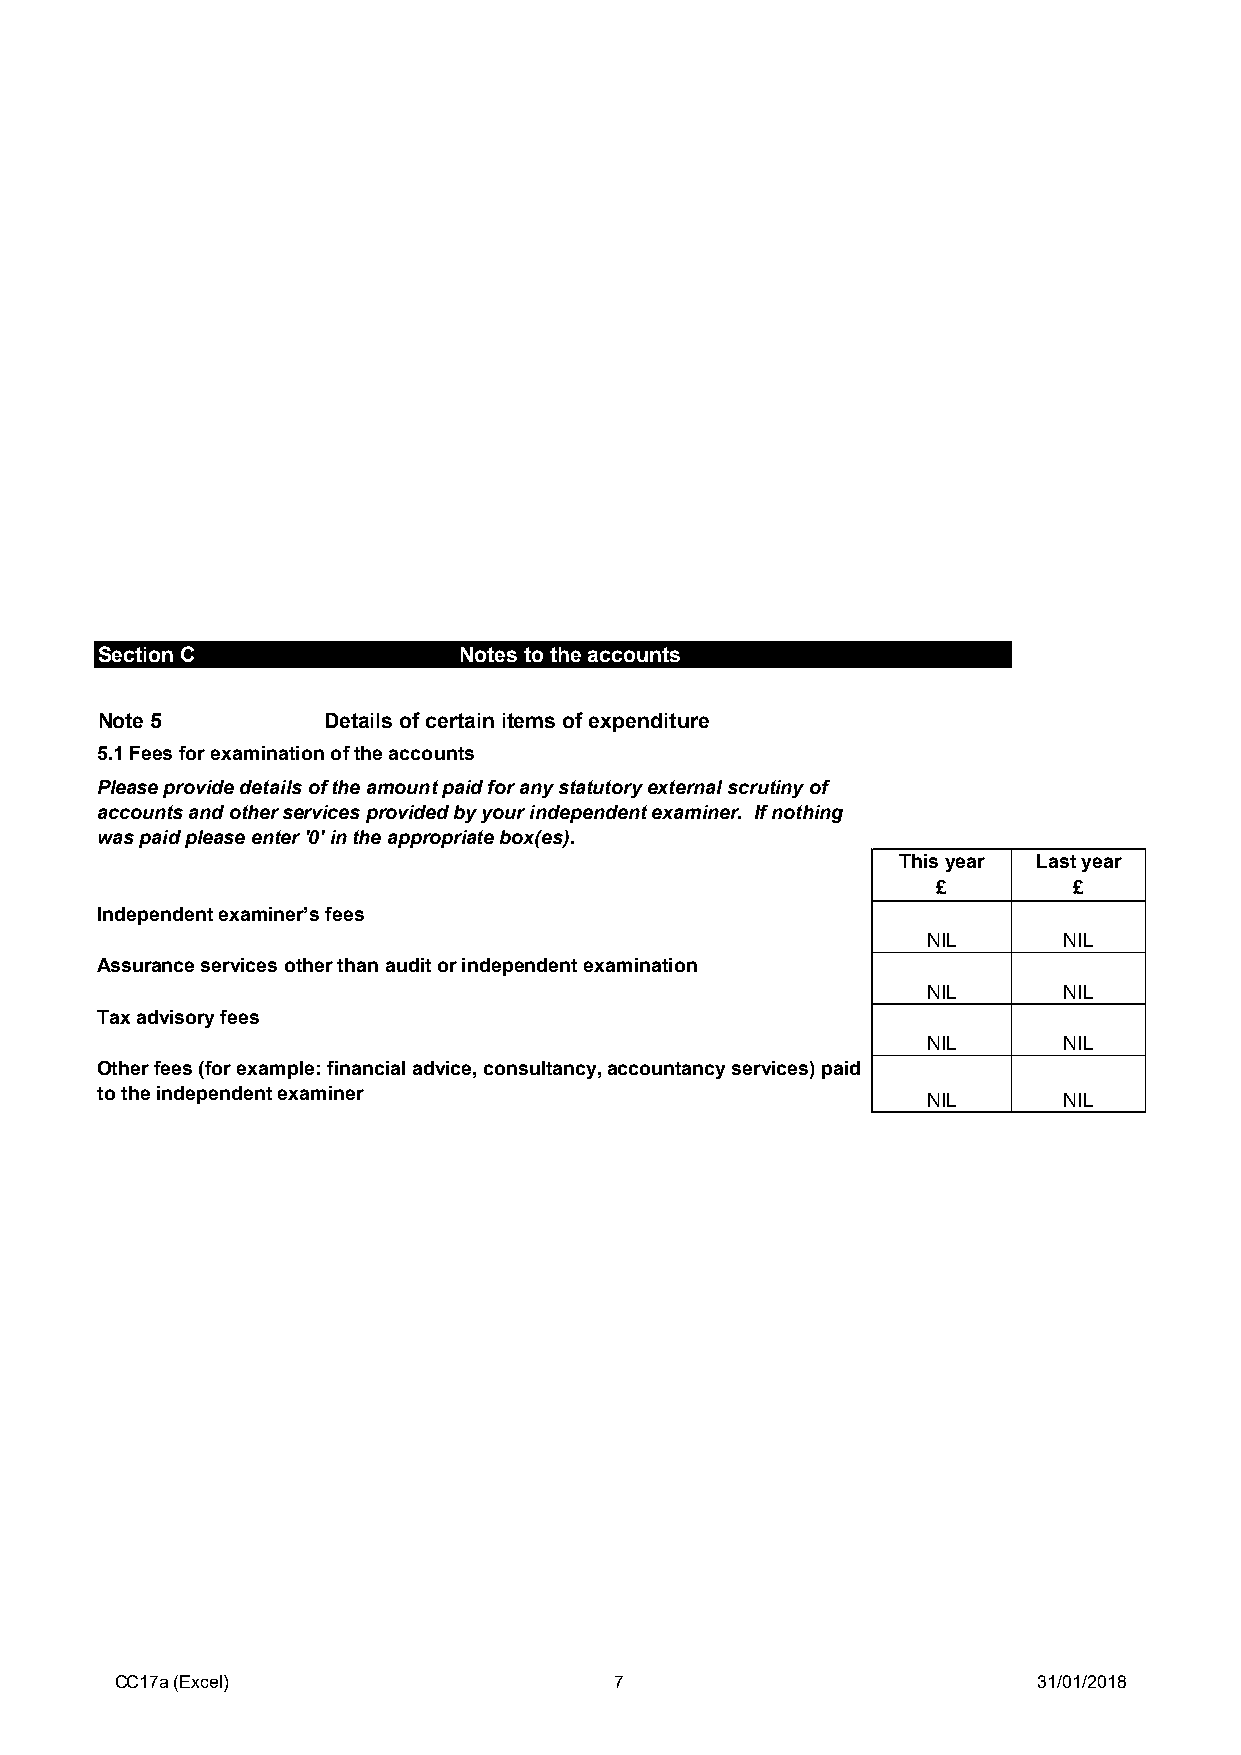
Section C               Notes to the accounts                (cont)
 Note 5         Details of certain items of expenditure
 5.1 Fees for examination of the accounts
 Please provide details of the amount paid for any statutory external scrutiny of
 accounts and other services provided by your independent examiner. If nothing
 was paid please enter '0' in the appropriate box(es).
 This year Last year
 £        £
 Independent examiner’s fees
 NIL      NIL
 Assurance services other than audit or independent examination
 NIL      NIL
 Tax advisory fees
 NIL      NIL
 Other fees (for example: financial advice, consultancy, accountancy services) paid
 to the independent examiner
 NIL      NIL
 CC17a (Excel)                    7                           31/01/2018